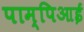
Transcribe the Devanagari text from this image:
पाम्पिआई